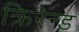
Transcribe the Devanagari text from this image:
क्रिरेन्ड